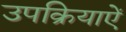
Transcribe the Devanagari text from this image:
उपक्रियाऐं